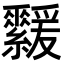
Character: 𦇻